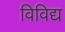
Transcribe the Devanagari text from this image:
विविद्य